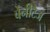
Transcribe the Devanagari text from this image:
बेनीटेज